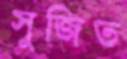
সুজিত